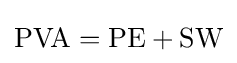
{\text{PVA}}={\text{PE}}+{\text{SW}}